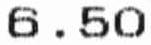
6.50